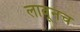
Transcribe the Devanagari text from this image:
लावूनच